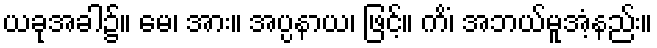
ယခုအခါ၌။ မေ၊ အား။ အပ္ပနာယ၊ ဖြင့်။ ကိံ၊ အဘယ်မူအံ့နည်း။